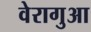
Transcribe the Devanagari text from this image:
वेरागुआ